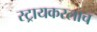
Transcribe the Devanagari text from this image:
स्ट्रायकरलाच